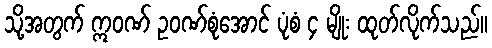
သို့အတွက် ဣဝဏ် ဥဝဏ်စုံအောင် ပုံစံ ၄ မျိုး ထုတ်လိုက်သည်။